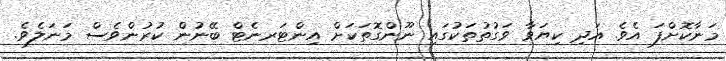
މަނާކޮށްފަ އެވެ. އަދި ކިޔަވާ ވަގުތުތަކުގައި ނޫންގޮތަކަށް އިންޓަރނެޓް ބޭނުން ކުރުންވެސް މަނަލެވެ.